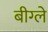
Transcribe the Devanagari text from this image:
बीग्ले